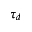
\tau _ { d }